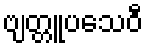
ဗျတ္တူပသေဝီ